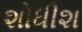
શોધીશ